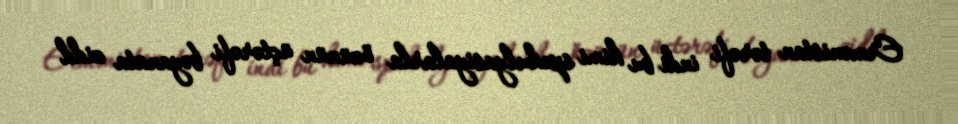
Ermənistan tərəfi indi bu kimi spekulyasiyalarla özünün üçtərəfi bəyanata zidd